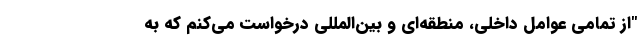
"از تمامی عوامل داخلی، منطقه‌ای و بین‌المللی درخواست می‌کنم که به